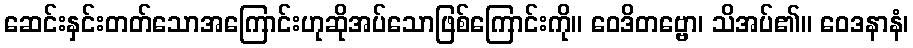
ဆေင်းနှင်းတတ်သောအကြောင်းဟုဆိုအပ်သောဖြစ်ကြောင်းကို။ ဝေဒိတဗ္ဗော၊ သိအပ်၏။ ဝေဒနာနံ၊